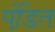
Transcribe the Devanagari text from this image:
पंडि़त